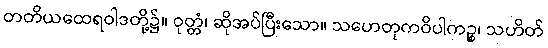
တတိယထေရဝါဒတို့၌။ ဝုတ္တံ၊ ဆိုအပ်ပြီးသော။ သဟေတုကဝိပါကဉ္စ၊ သဟိတ်